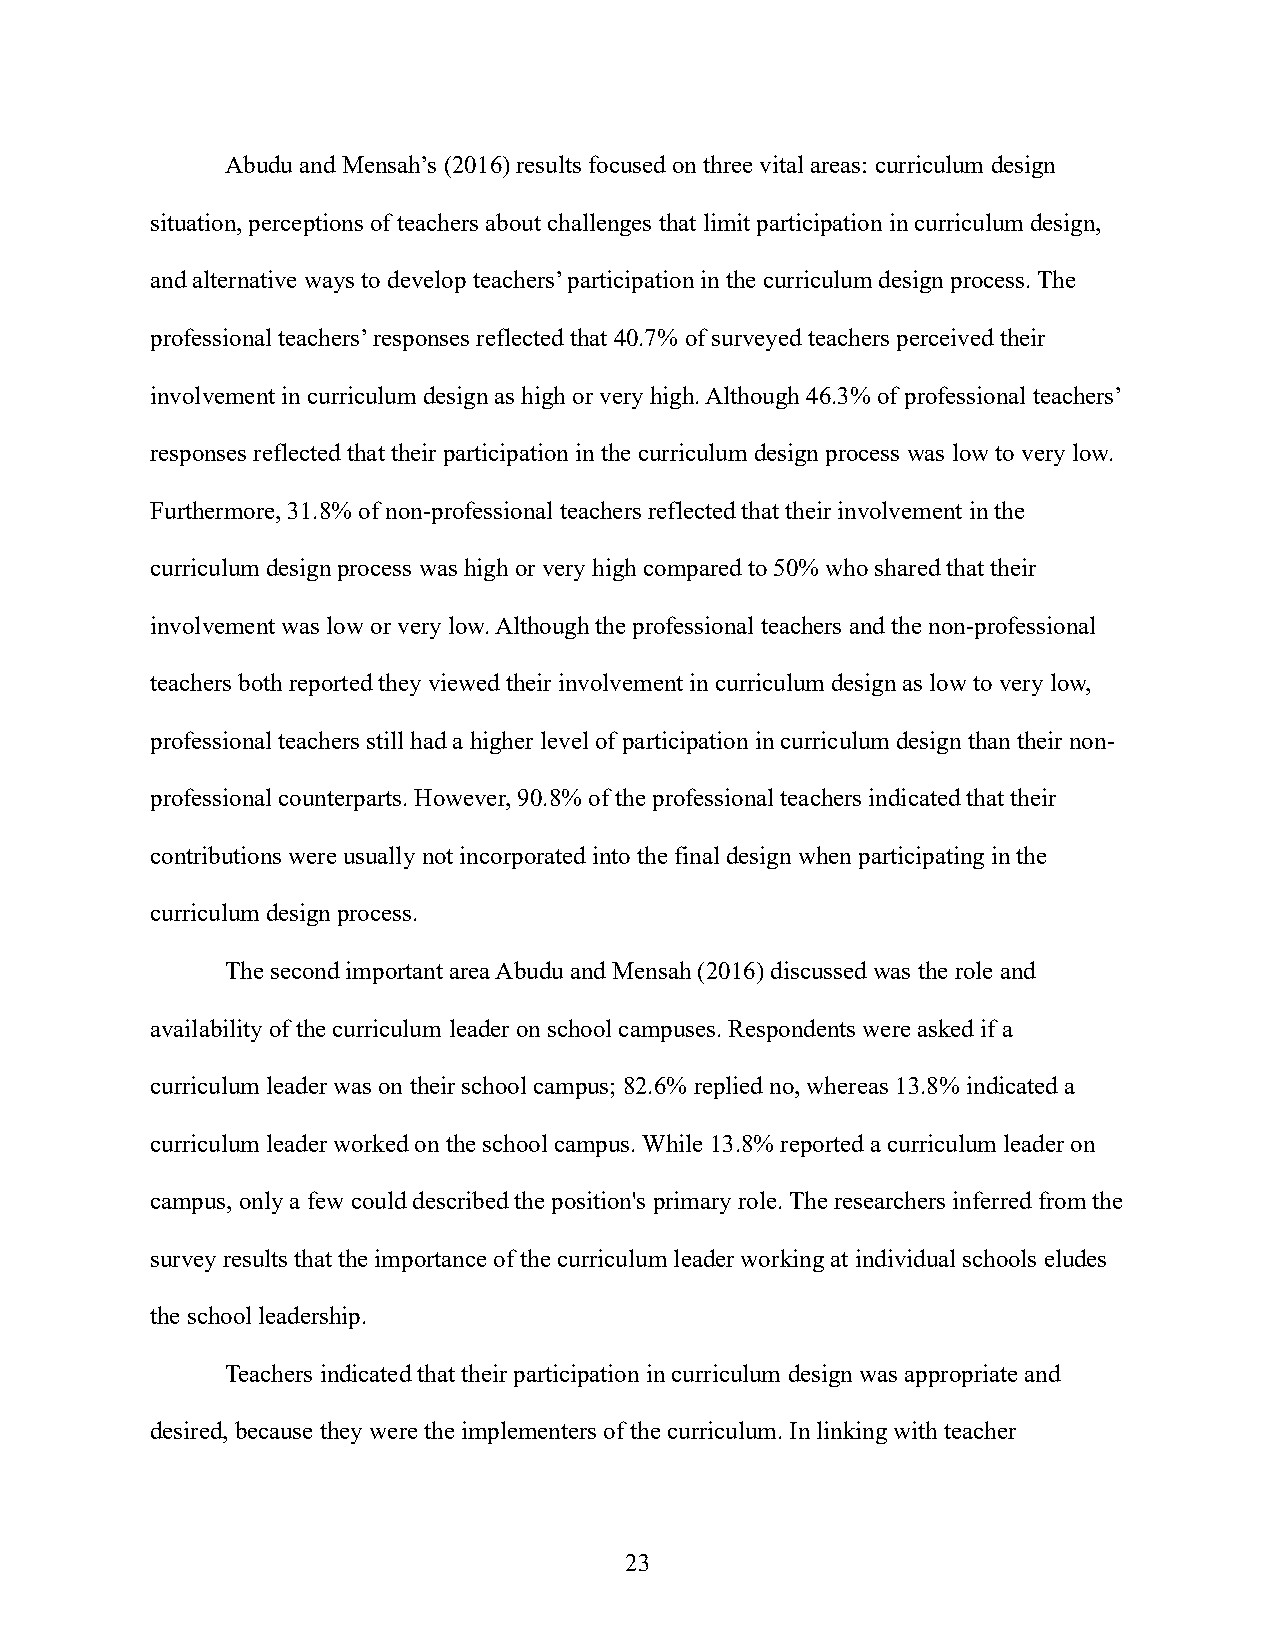
Abudu and Mensah’s (2016) results focused on three vital areas: curriculum design
 situation, perceptions of teachers about challenges that limit participation in curriculum design,
 and alternative ways to develop teachers’ participation in the curriculum design process. The
 professional teachers’ responses reflected that 40.7% of surveyed teachers perceived their
 involvement in curriculum design as high or very high. Although 46.3% of professional teachers’
 responses reflected that their participation in the curriculum design process was low to very low.
 Furthermore, 31.8% of non-professional teachers reflected that their involvement in the
 curriculum design process was high or very high compared to 50% who shared that their
 involvement was low or very low. Although the professional teachers and the non-professional
 teachers both reported they viewed their involvement in curriculum design as low to very low,
 professional teachers still had a higher level of participation in curriculum design than their non-
 professional counterparts. However, 90.8% of the professional teachers indicated that their
 contributions were usually not incorporated into the final design when participating in the
 curriculum design process.
 The second important area Abudu and Mensah (2016) discussed was the role and
 availability of the curriculum leader on school campuses. Respondents were asked if a
 curriculum leader was on their school campus; 82.6% replied no, whereas 13.8% indicated a
 curriculum leader worked on the school campus. While 13.8% reported a curriculum leader on
 campus, only a few could described the position's primary role. The researchers inferred from the
 survey results that the importance of the curriculum leader working at individual schools eludes
 the school leadership.
 Teachers indicated that their participation in curriculum design was appropriate and
 desired, because they were the implementers of the curriculum. In linking with teacher
 23